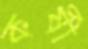
কর্ষী